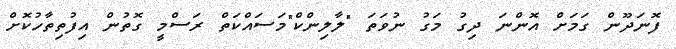
ފޮނަދޫން ގަމަށް އޮންނަ ދިގު މަގު ނުވަތަ "ލާލިންކް"މަސައްކަތް ރަސްމީ ގޮތުން އިފުތިތާހުކޮށް